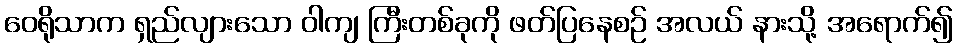
ဝေရိုသာက ရှည်လျားသော ဝါကျ ကြီးတစ်ခုကို ဖတ်ပြနေစဉ် အလယ် နားသို့ အရောက်၍